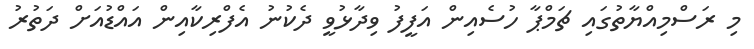
މި ރަސްމިއްޔާތުގައި ޗަމްޕާ ހުސެއިން އަފީފު ވިދާޅުވީ ދެކުނު އެފްރިކާއިން އައްޑުއަށް ދަތުރު